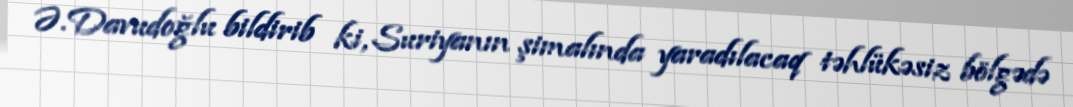
Ə.Davudoğlu bildirib ki, Suriyanın şimalında yaradılacaq təhlükəsiz bölgədə